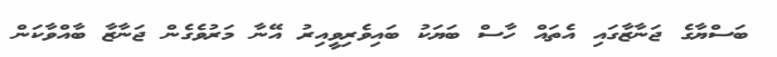
ބަސްޔާގެ ޖަނާޒާގައި އެތައް ހާސް ބަޔަކު ބައިވެރިވީއިރު އޭނާ މަރުވެގެން ޖަނާޒާ ބާއްވާކަން